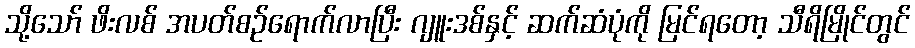
သို့သော် ဖိးလစ် အပတ်စဉ်ရောက်လာပြီး ဂျူးဒစ်နှင့် ဆက်ဆံပုံကို မြင်ရတော့ သီရိမြိုင်တွင်